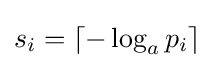
s_{i}=\lceil -\log _{a}p_{i}\rceil